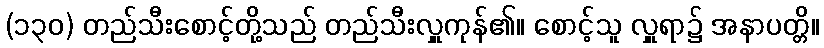
(၁၃၀) တည်သီးစောင့်တို့သည် တည်သီးလှူကုန်၏။ စောင့်သူ လှူရာ၌ အနာပတ္တိ။